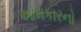
ઓમકારનો